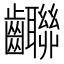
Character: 𪚄